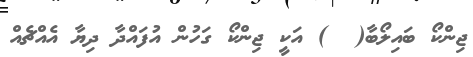
ޖިންކޯ ބައިލޯބާ(  ) އަކީ ޖިންކޯ ގަހުން އުފައްދާ ދިޔާ އެއްޗެއް